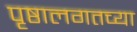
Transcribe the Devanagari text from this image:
पृष्ठालगतच्या